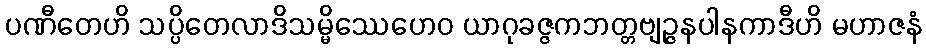
ပဏီတေဟိ သပ္ပိတေလာဒိသမ္မိဿေဟေဝ ယာဂုခဇ္ဇကဘတ္တဗျဉ္ဇနပါနကာဒီဟိ မဟာဇနံ